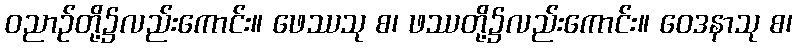
ဝညာဉ်တို့၌လည်းကောင်း။ ဖေဿသု စ၊ ဖဿတို့၌လည်းကောင်း။ ဝေဒနာသု စ၊